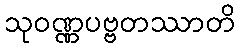
သုဝဏ္ဏပဗ္ဗတဿာတိ